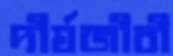
দীর্ঘজীবী